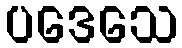
ပဒေသေ